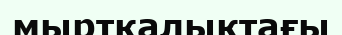
мыртқалықтағы